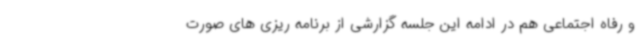
و رفاه اجتماعی هم در ادامه این جلسه گزارشی از برنامه ریزی های صورت